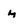
Character: m